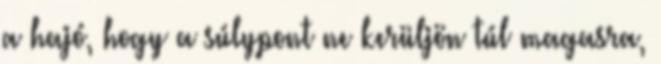
a hajó, hogy a súlypont ne kerüljön túl magasra,